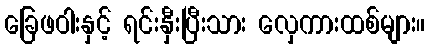
ခြေဖဝါးနှင့် ရင်းနှီးပြီးသား လှေကားထစ်များ။